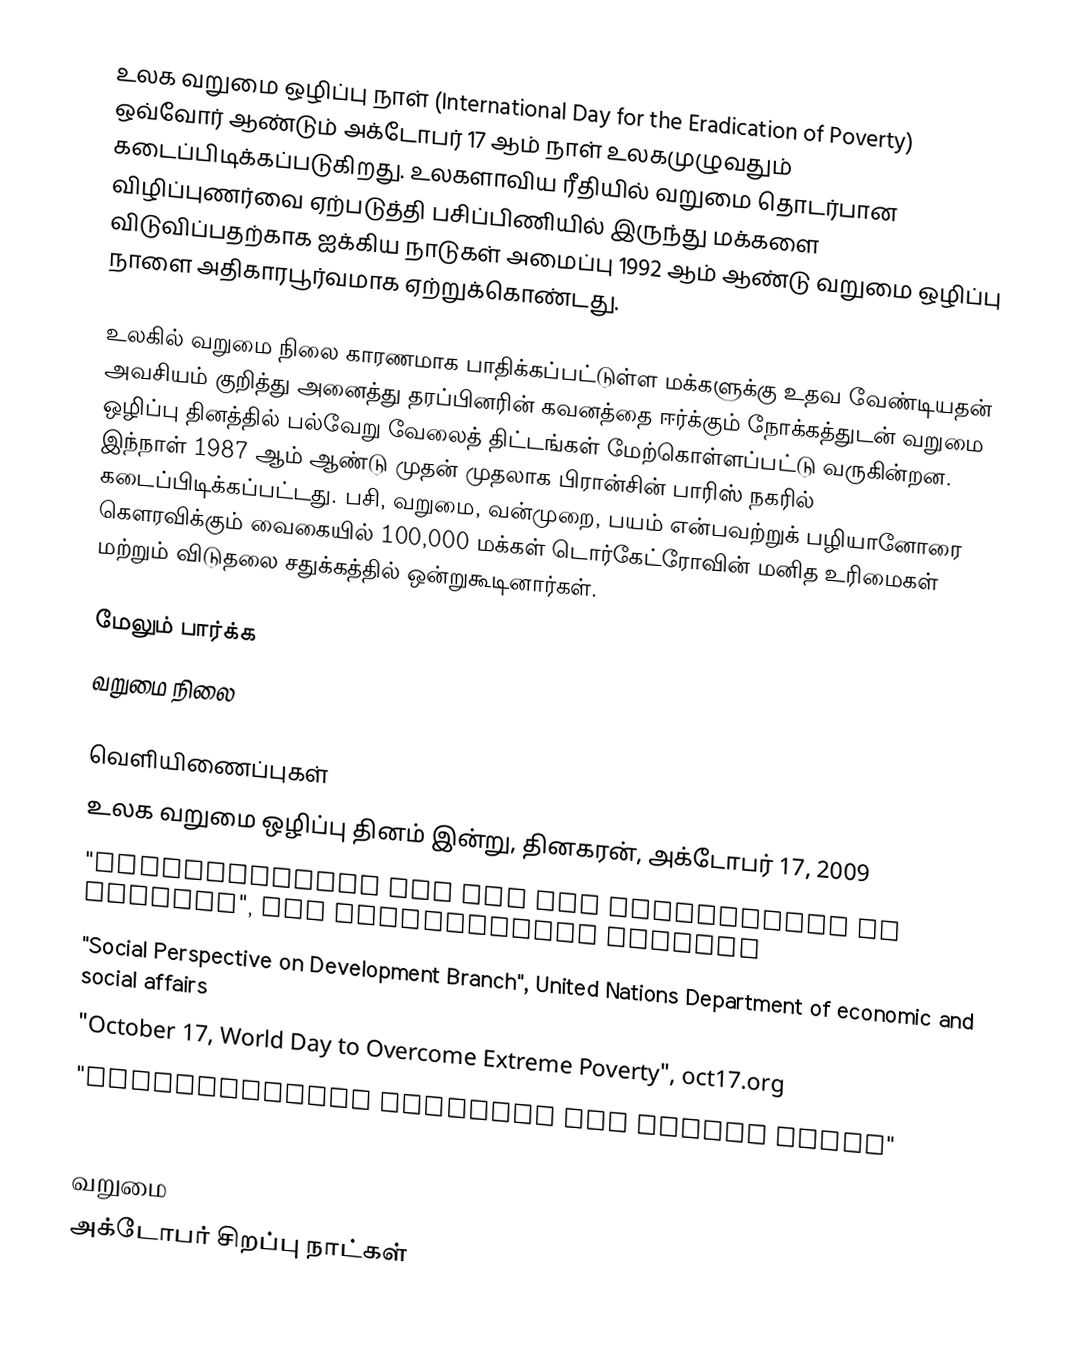
உலக வறுமை ஒழிப்பு நாள் (International Day for the Eradication of Poverty) ஒவ்வோர் ஆண்டும் அக்டோபர் 17 ஆம் நாள் உலகமுழுவதும் கடைப்பிடிக்கப்படுகிறது. உலகளாவிய ரீதியில் வறுமை தொடர்பான விழிப்புணர்வை ஏற்படுத்தி பசிப்பிணியில் இருந்து மக்களை விடுவிப்பதற்காக ஐக்கிய நாடுகள் அமைப்பு 1992 ஆம் ஆண்டு வறுமை ஒழிப்பு நாளை அதிகாரபூர்வமாக ஏற்றுக்கொண்டது.

உலகில் வறுமை நிலை காரணமாக பாதிக்கப்பட்டுள்ள மக்களுக்கு உதவ வேண்டியதன் அவசியம் குறித்து அனைத்து தரப்பினரின் கவனத்தை ஈர்க்கும் நோக்கத்துடன் வறுமை ஒழிப்பு தினத்தில் பல்வேறு வேலைத் திட்டங்கள் மேற்கொள்ளப்பட்டு வருகின்றன. இந்நாள் 1987 ஆம் ஆண்டு முதன் முதலாக பிரான்சின் பாரிஸ் நகரில் கடைப்பிடிக்கப்பட்டது. பசி, வறுமை, வன்முறை, பயம் என்பவற்றுக் பழியானோரை கௌரவிக்கும் வைகையில் 100,000 மக்கள் டொர்கேட்ரோவின் மனித உரிமைகள் மற்றும் விடுதலை சதுக்கத்தில் ஒன்றுகூடினார்கள்.

மேலும் பார்க்க
 வறுமை நிலை

வெளியிணைப்புகள்
 உலக வறுமை ஒழிப்பு தினம் இன்று, தினகரன், அக்டோபர் 17, 2009
 "International Day for the Eradication of Poverty", Dag Hammarskjöld Library
 "Social Perspective on Development Branch", United Nations Department of economic and social affairs
 "October 17, World Day to Overcome Extreme Poverty", oct17.org
 "International Movement ATD Fourth World"
 "UN Day for Eradication of Poverty - Oct 17", Caritas New Zealand

வறுமை
அக்டோபர் சிறப்பு நாட்கள்